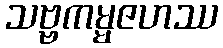
သဗ္ဗကမ္မဇဟဿ